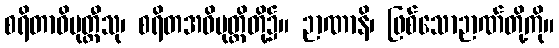
စရိတာဓိမုတ္တီသု၊ စရိတအဓိမုတ္တိတို့၌။ ဉာဏာနိ၊ ဖြစ်သောဉာဏ်တို့ကို။